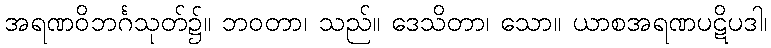
အရဏဝိဘင်္ဂသုတ်၌။ ဘဝတာ၊ သည်။ ဒေသိတာ၊ သော။ ယာစအရဏပဋိပဒါ၊